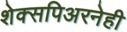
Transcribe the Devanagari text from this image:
शेक्सपिअरनेही